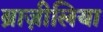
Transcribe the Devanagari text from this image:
ब्राज़ीलिया